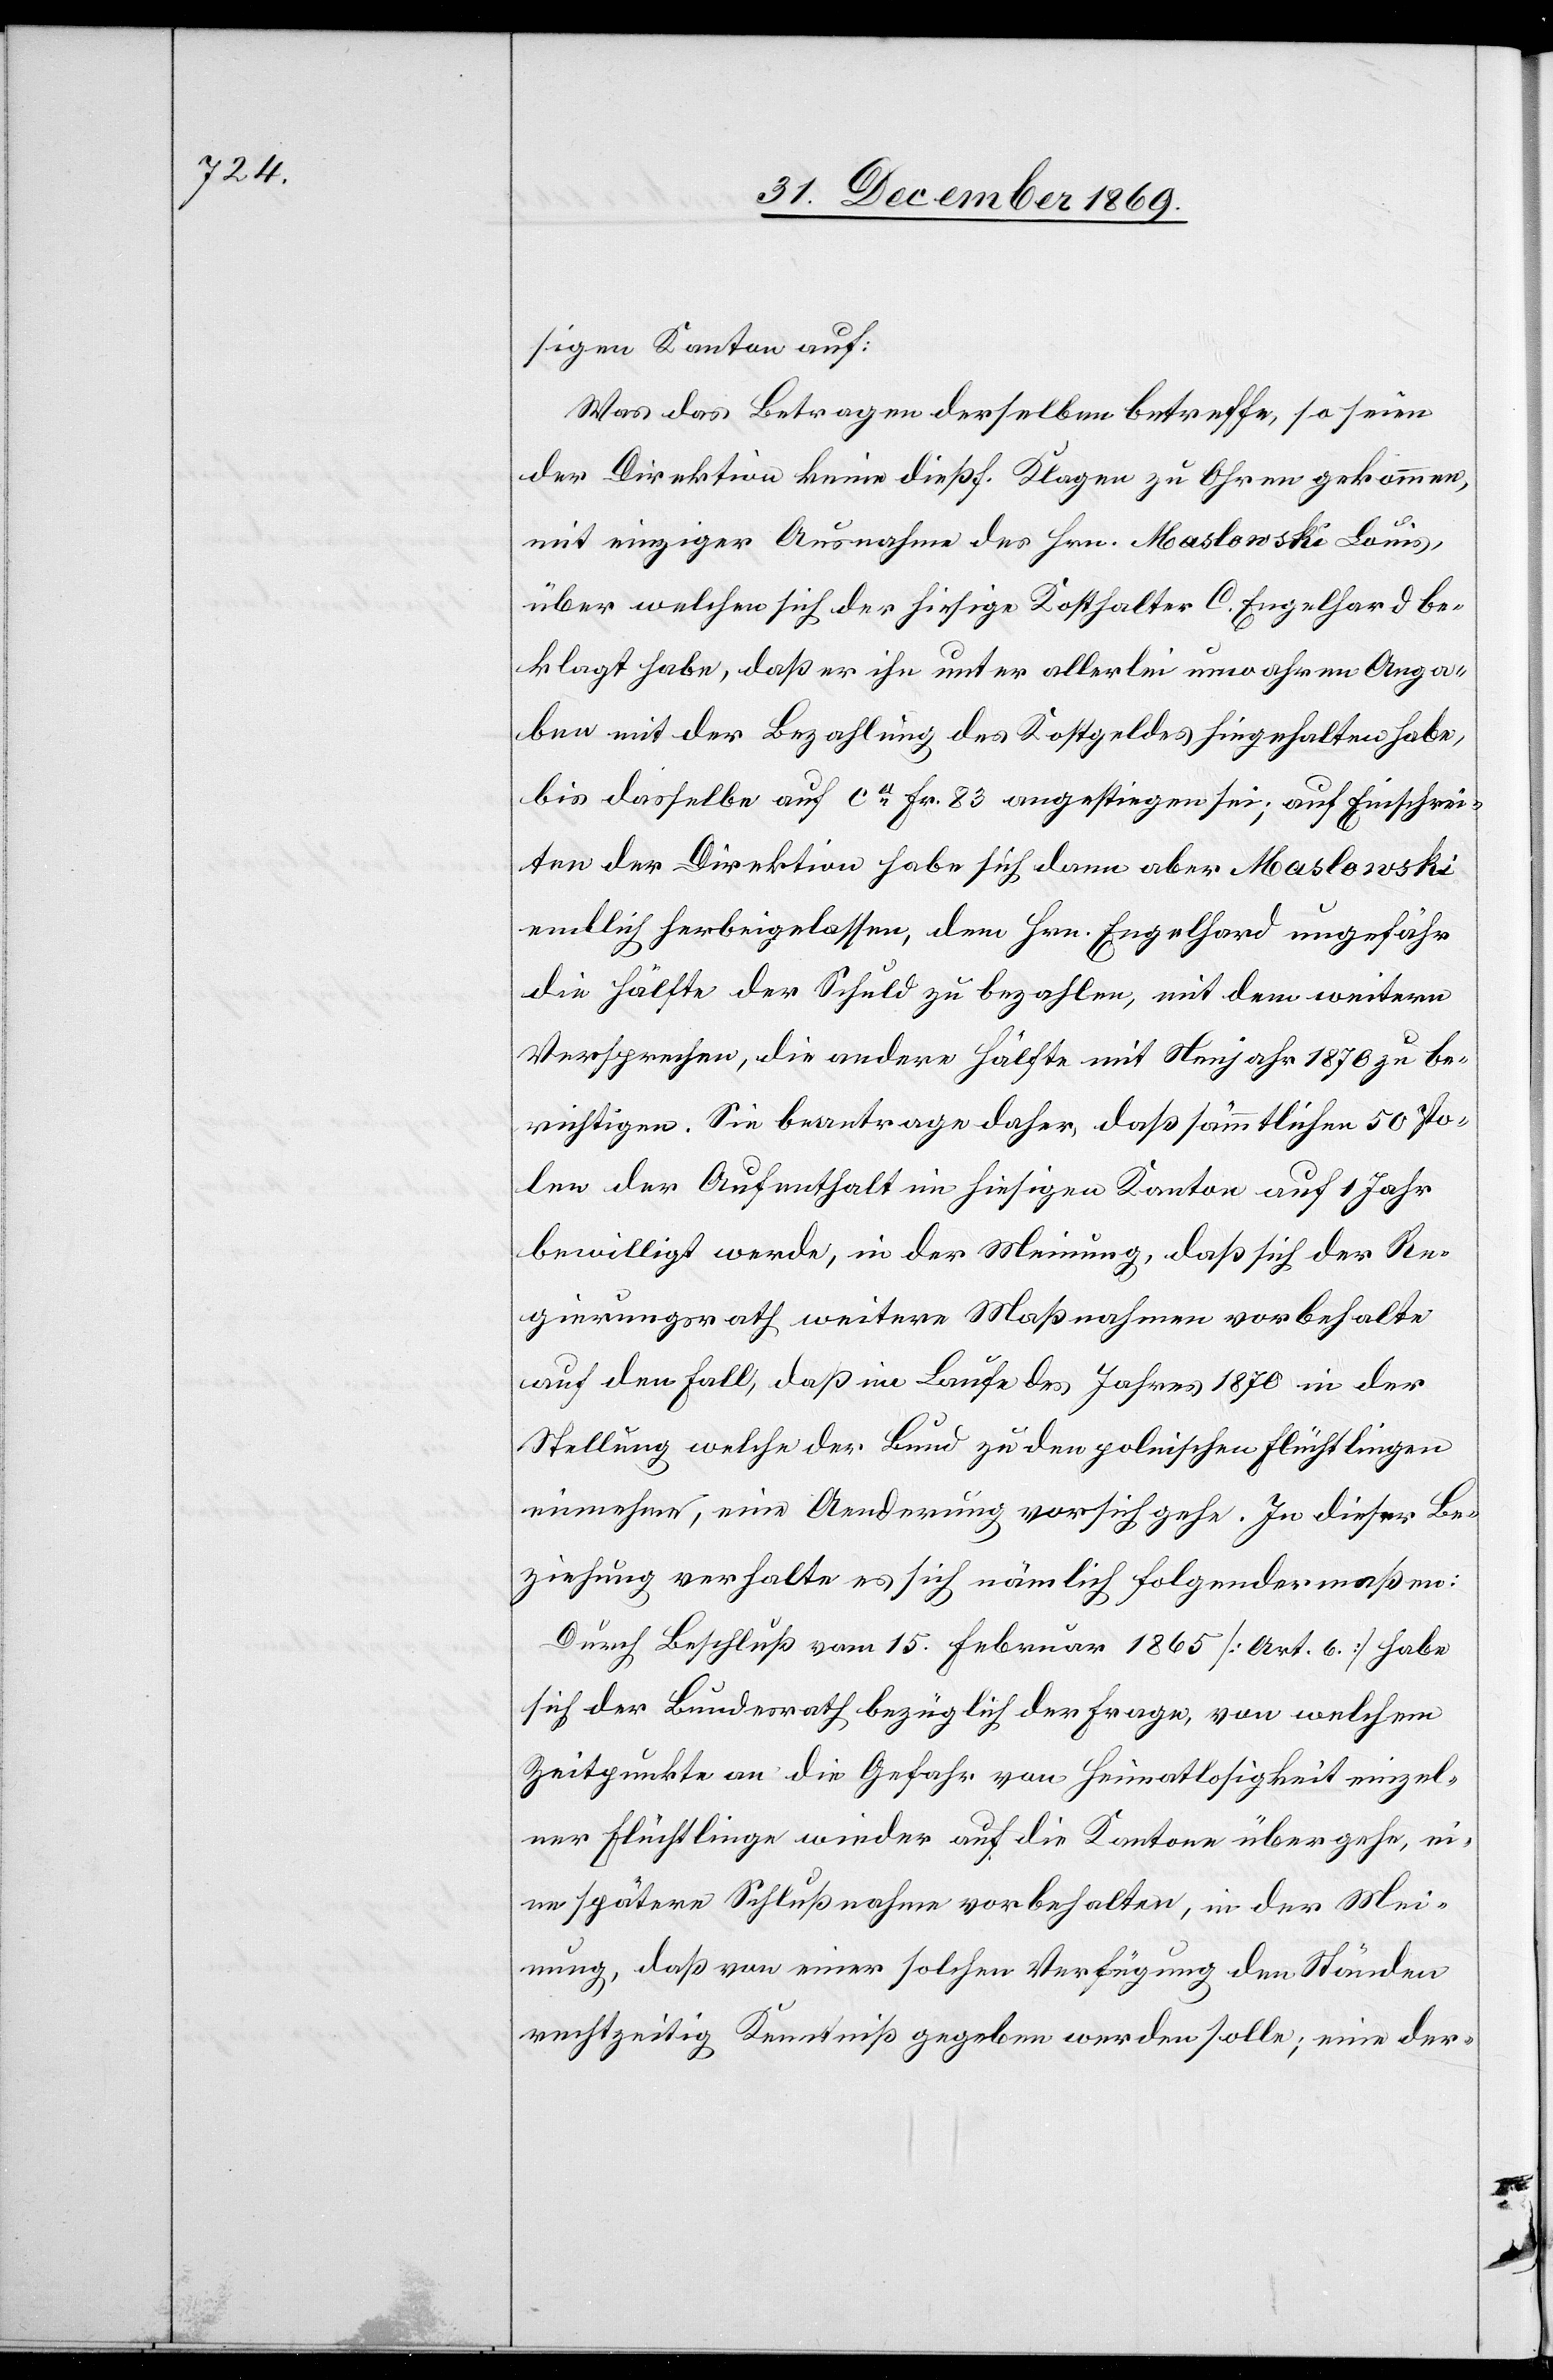
sigen Kanton auf:
Was das Betragen derselben betreffe, so seien
der Direktion keine dießf. Klagen zu Ohren gekommen,
mit einziger Ausnahme des Hrn. Maslowski Louis,
über welchen sich der hiesige Kosthalter C. Engelhard be¬
klagt habe, daß er ihn unter allerlei unwahren Anga¬
ben mit der Bezahlung des Kostgeldes hingehalten habe,
bis dasselbe auf ca Fr. 83 angestiegen sei; auf Einschrei¬
ten der Direktion habe sich dann aber Maslowski
endlich herbeigelassen, dem Hrn. Engelhard ungefähr
die Hälfte der Schuld zu bezahlen, mit dem weitern
Versprechen, die andere Hälfte mit Neujahr 1870 zu be¬
richtigen. Sie beantrage daher, daß sämmtlichen 50 Po¬
len der Aufenthalt im hiesigen Kanton auf 1 Jahr
bewilligt werde, in der Meinung, daß sich der Re¬
gierungsrath weitere Maßnahmen vorbehalte
auf den Fall, daß im Laufe des Jahres 1870 in der
Stellung welche der Bund zu den polnischen Flüchtlingen
einnehme, eine Aenderung vor sich gehe. In dieser Be¬
ziehung verhalte es sich nämlich folgendermaßen:
Durch Beschluß vom 15. Februar 1865 [Art. 6.] habe
sich der Bundesrath bezüglich der Frage, von welchem
Zeitpunkte an die Gefahr von Heimatlosigkeit einzel¬
ner Flüchtlinge wieder auf die Kantone übergehe, ei¬
ne spätere Schlußnahme vorbehalten, in der Mei¬
nung, daß von einer solchen Verfügung den Ständen
rechtzeitig Kenntniß gegeben werden solle; eine der-